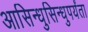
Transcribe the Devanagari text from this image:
आसिन्धुसिन्धुपर्यंता